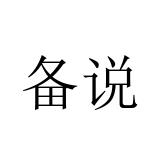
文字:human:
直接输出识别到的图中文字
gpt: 备说